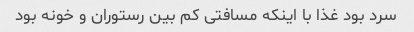
سرد بود غذا با اینکه مسافتی کم بین رستوران و خونه بود